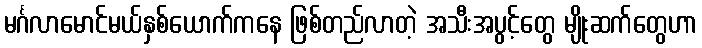
မင်္ဂလာမောင်မယ်နှစ်ယောက်ကနေ ဖြစ်တည်လာတဲ့ အသီးအပွင့်တွေ မျိုးဆက်တွေဟာ